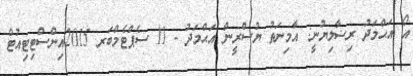
އޯ އަޙްމަދު ރިޟާލިޔުނީ: އާމިނަތު ޔުސްރީން އަޙްމަދު - 11 ސެޕްޓެމްބަރ 2015އިންސްޓިޓިއުޓް